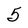
Character: 5